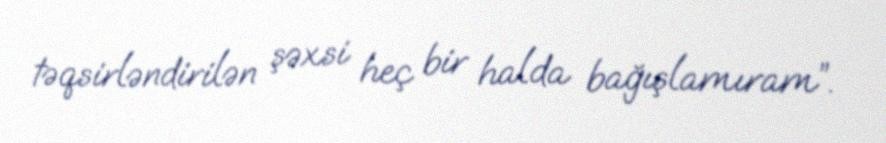
təqsirləndirilən şəxsi heç bir halda bağışlamıram”.